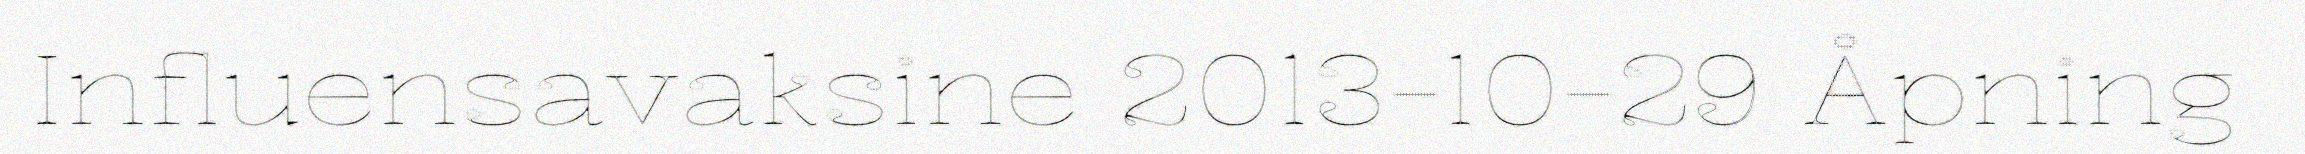
Influensavaksine 2013-10-29 Åpning